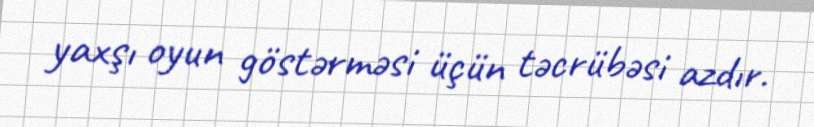
yaxşı oyun göstərməsi üçün təcrübəsi azdır.